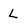
Character: L